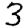
Digit: 3